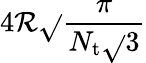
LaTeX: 4\mathcal{R}\sqrt{}{{\frac{{\pi}}{{N_{\mathrm{{t}}}\sqrt{}{{3}}}}}}